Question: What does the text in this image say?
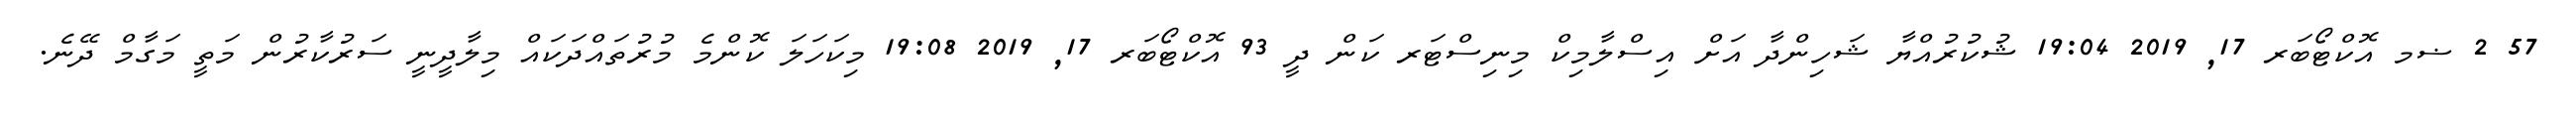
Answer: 57 2 ޟމ އޮކްޓޯބަރ 17, 2019 19:04 ޝުކުރުއްޔާ ޝަހިންދާ އަށް އިސްލާމިކް މިނިސްޓަރ ކަން ދީ 93 އޮކްޓޯބަރ 17, 2019 19:08 މިކަހަލަ ކޮންމެ މުރުތައްދަކައް މިލާދީނީ ސަރުކާރުން މަތީ މަގާމް ދޭނެ.